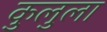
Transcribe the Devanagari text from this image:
कुलुला